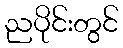
ညပိုင်းတွင်